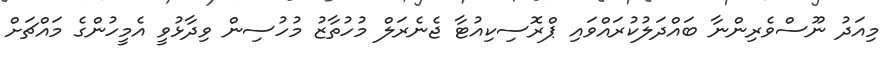
މިއަދު ނޫސްވެރިންނާ ބައްދަލުކުރައްވައި ޕްރޮސިކިއުޓާ ޖެނެރަލް މުހުތާޒު މުހުސިން ވިދާޅުވީ އެމީހުންގެ މައްޗަށް